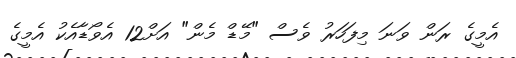
އެމީގެ ރަން ވަނަ މިފަހަރު ވެސް "މޭޑް މެން" އަށް12 އެވޯޑާއެކު އެމީގެ